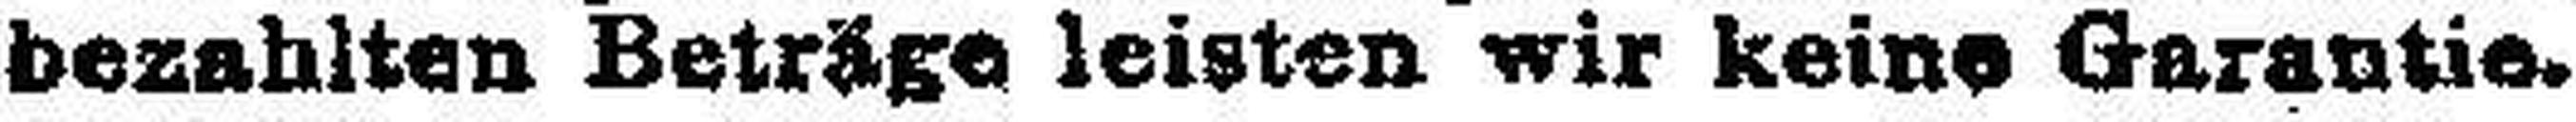
bezahlten Beträge leisten wir keine Garantie.